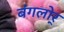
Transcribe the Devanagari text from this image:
बंगलोर्